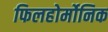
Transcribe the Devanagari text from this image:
फिलहोर्मोनिक